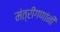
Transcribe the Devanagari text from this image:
मंत्रीगणांनी